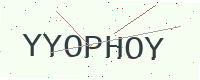
Text: YYOPHOY